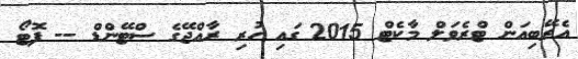
އެރޭބިއަން ޓްރެވަލް މާކެޓް 2015 ގައި ހުރި ރާއްޖޭގެ ސްޓޭންޑް -- ފޮޓޯ